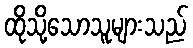
ထိုသို့သောသူများသည်